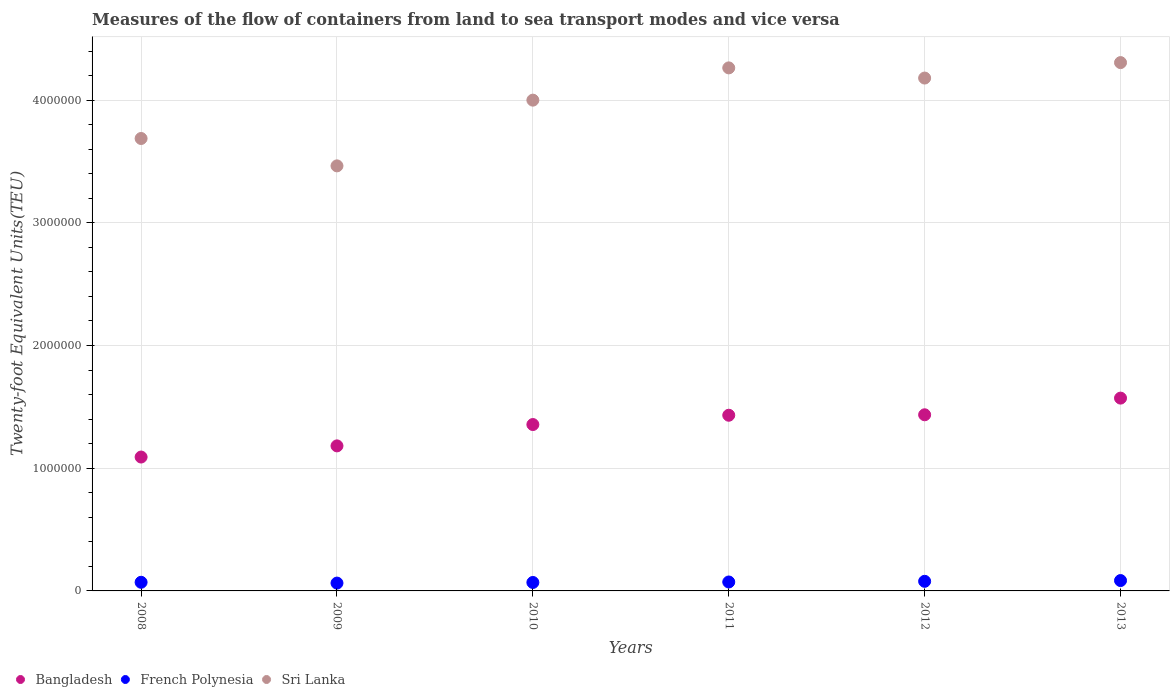
| Years | Bangladesh | French Polynesia | Sri Lanka |
 | --- | --- | --- | --- |
 | 2008 | 1.09e+06 | 7.03e+04 | 3.69e+06 |
 | 2009 | 1.18e+06 | 6.38e+04 | 3.46e+06 |
 | 2010 | 1.36e+06 | 6.89e+04 | 4e+06 |
 | 2011 | 1.43e+06 | 7.28e+04 | 4.26e+06 |
 | 2012 | 1.44e+06 | 7.83e+04 | 4.18e+06 |
 | 2013 | 1.57e+06 | 8.45e+04 | 4.31e+06 |